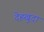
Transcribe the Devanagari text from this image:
देहखुदा